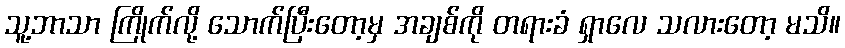
သူ့ဘာသာ ကြိုက်လို့ သောက်ပြီးတော့မှ အချစ်ကို တရားခံ ရှာလေ သလားတော့ မသိ။